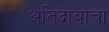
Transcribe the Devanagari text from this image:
अतिदाबाचा